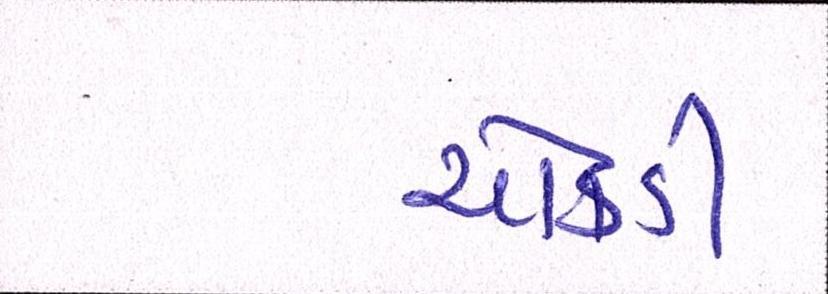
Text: ચોકડી